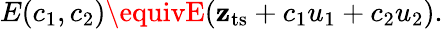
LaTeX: E(c_{1},c_{2})\equivE(\mathbf{z}_{\mathrm{{ts}}}+c_{1}u_{1}+c_{2}u_{2}).